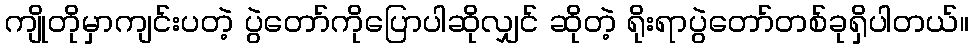
ကျိုတိုမှာကျင်းပတဲ့ ပွဲတော်ကိုပြောပါဆိုလျှင် ဆိုတဲ့ ရိုးရာပွဲတော်တစ်ခုရှိပါတယ်။